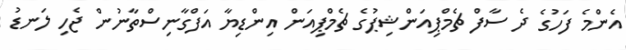
އެންމެ ފަހުގެ ދެ ސާފް ޗެމްޕިއަންޝިޕުގެ ޗެމްޕިއަން އިންޑިޔާ އަފްގާނިސްތާނުން ޖެހި ލަނޑު